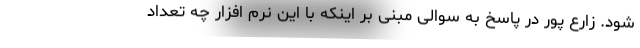
شود. زارع پور در پاسخ به سوالی مبنی بر اینکه با این نرم افزار چه تعداد